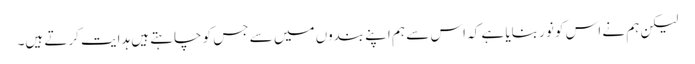
لیکن ہم نے اس کو نور بنایا ہے کہ اس سے ہم اپنے بندوں میں سے جس کو چاہتے ہیں ہدایت کرتے ہیں۔